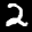
Label: 2